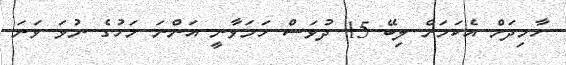
ހާމިދަށް އެކަމަށް ލިބޭ 15 ދުވަސް ހަމަވާނީ އަންނަ މަހުގެ ނުވަ ވަނަ